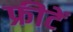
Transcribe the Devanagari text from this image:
फ्रीटें